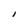
Character: I